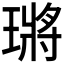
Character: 𤨿